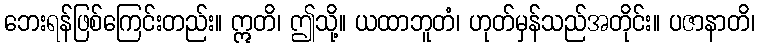
ဘေးရန်ဖြစ်ကြေင်းတည်း။ ဣတိ၊ ဤသို့။ ယထာဘူတံ၊ ဟုတ်မှန်သည်အတိုင်း။ ပဇာနာတိ၊